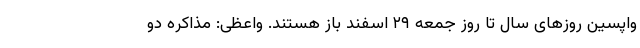
واپسین روزهای سال تا روز جمعه ۲۹ اسفند باز هستند. واعظی: مذاکره دو